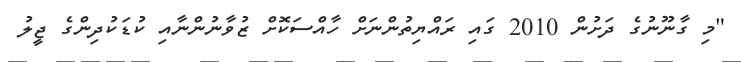
"މި ގާނޫނުގެ ދަށުން 2010 ގައި ރައްޔިތުންނަށް ހާއްސަކޮށް ޒުވާނުންނާއި ކުޑަކުދިންގެ ޖީލު